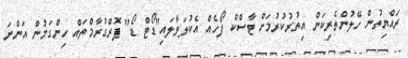
ރައްޔިތުން ހޭލުންތެރިކަން އިތުރުކުރުމަށް ޓާސްކް ފޯހެއް އެކުލަވާލައި"ޑޯޓް ޑޯ" ޕޮރްގުރާމްތައް ހިންގަމުން އަންނަ